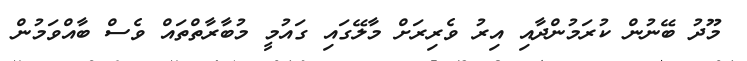
މޫދު ބޭނުން ކުރަމުންދާއި އިރު ވެރިރަށް މާލޭގައި ގައުމީ މުބާރާތްތައް ވެސް ބާއްވަމުން